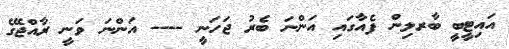
އައިޓީބީ ބާރލިން ފެއާގައި އަންނަ ބެރު ޖަހަނީ ---- އަންނަ ވަނީ ރާއްޖޭގެ